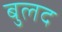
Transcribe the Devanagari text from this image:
बुलद